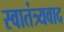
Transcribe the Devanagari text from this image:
स्वातंत्र्यवाद